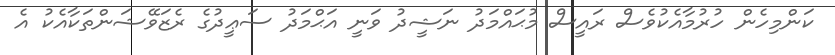
ކަންމިހެން ހުރުމާއެކުވެސް ރައީސް މުޙައްމަދު ނަޝީދު ވަނީ އަޙްމަދު ސަޢީދުގެ ރެޒަވޭޝަންތަކާއެކު އެ